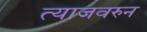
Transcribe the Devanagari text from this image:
त्याजवरुन